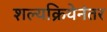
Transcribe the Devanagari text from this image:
शल्यक्रियेनंतर